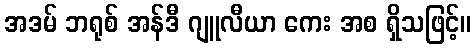
အဒမ် ဘရုစ် အန်ဒီ ဂျူလီယာ ကေး အစ ရှိသဖြင့်။